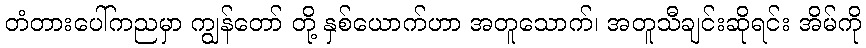
တံတားပေါ်ကညမှာ ကျွန်တော် တို့ နှစ်ယောက်ဟာ အတူသောက်၊ အတူသီချင်းဆိုရင်း အိမ်ကို